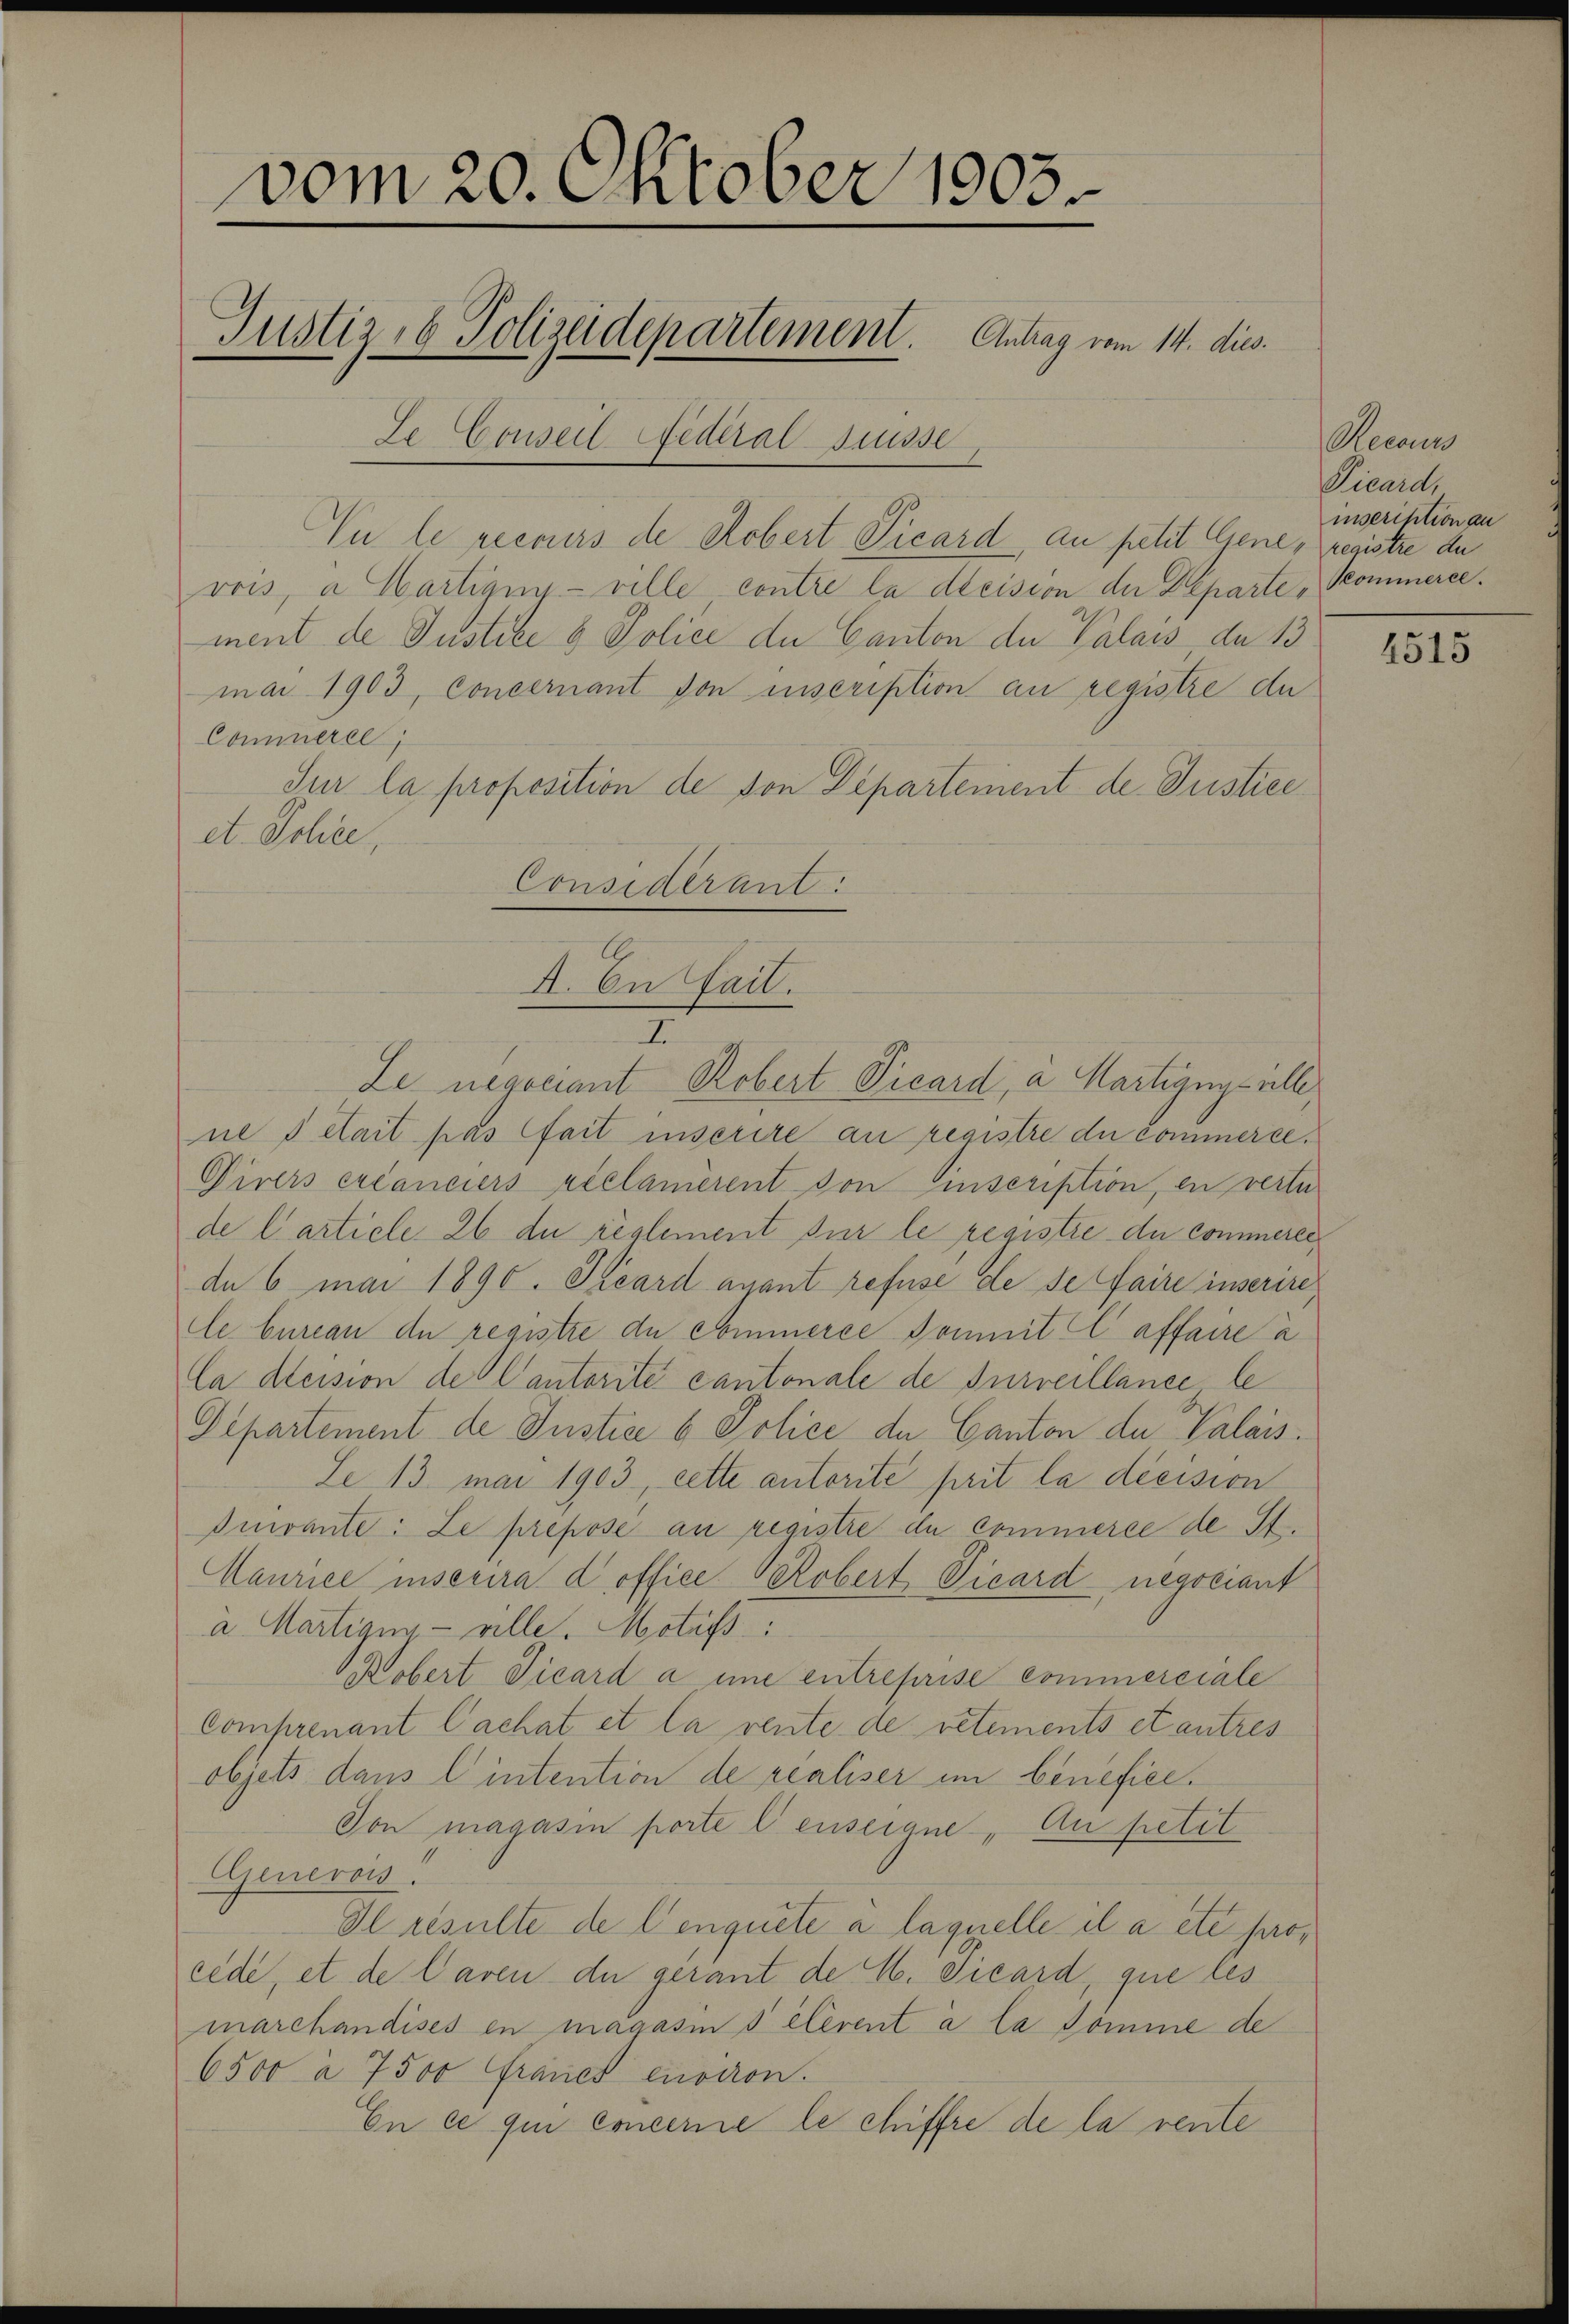
vom 20. Oktober 1903.
Justiz- & Polizeidepartement. Antrag vom 14. dies
Je Conseil Federal Suisse

Vu le reeners de Robert Vicard, an petit. Gene, registre de
vois, a Martigny-ville contre la decision der Departe „Kommerce.
ment de Justike & Police de Canton der Palais de 13
mai 1903, Concernant von inscription an registre du
Commerce
Jur la proposition de von Departement de Justice
et. Johan,
Considerant.

I. In Fail.
7.

Le negociant Robert Vicard, a Martigny alle,
ne s était pas fait inserere an registre du commerle¬
Virers excanciers réclamierent von inscription, en verte
de l’article 26 du règlement sur le registie du commerer
de 6 mai 1890. Seeard ayant refuse de se faire inserire,
Ce bureau de registre du commerce Commit C affaire a
Ca dleision der Cantorité cantonale de surveillance, le
Departement de Justice b Police de Canton du Valais.
Se 13 mai 1903, cette autorite prit la décision
Divante: Le prepose an registre du commerce de St.
Maurice inserira d office Probert Picard negociant
a. Martigen - ville. Motif
Kobert Ticard a eine entreprise commerciale
Comprenant Cachat et la rente de vetements et autres
objets dans l’intention de realiser im benefice¬
Von magasin porte lenseigne, Au petit
Genevois.
Il resulte de Cenquête à laquelle il a etc. pros
cede, et de laven du gerant de S. Picard, que les
marchandises en magasin s élevent à la Somme de
6500 à 7500 Francs environ.
En ce qui concerie le chiffre de la rente

Reccurs
Vicard,
inscription au

4515